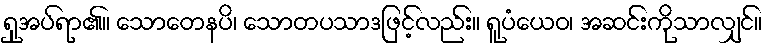
ရှုအပ်ရာ၏။ သောတေနပိ၊ သောတပသာဒဖြင့်လည်း။ ရူပံယေဝ၊ အဆင်းကိုသာလျှင်။